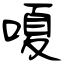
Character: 嗄